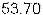
53.70